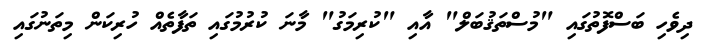
ދިވެހި ބަސްފޮތުގައި "މުސްތަޤުބަލް" އާއި "ކުރިމަގު" މާނަ ކުރުމުގައި ތަފާތެއް ހުރިކަން މިތަނުގައި